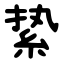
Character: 絷